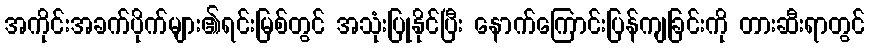
အကိုင်းအခက်ပိုက်များ၏ရင်းမြစ်တွင် အသုံးပြုနိုင်ပြီး နောက်ကြောင်းပြန်ကျခြင်းကို တားဆီးရာတွင်